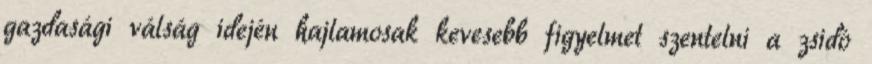
gazdasági válság idején hajlamosak kevesebb figyelmet szentelni a zsidó